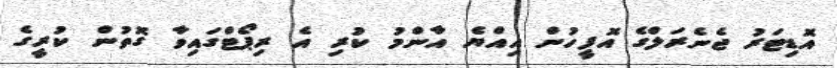
އޮޑިޓަރު ޖެނެރަލްގެ އޮފީހުން އިއްޔެ އާންމު ކުރި އެ ރިޕޯޓްގައިވާ ގޮތުން ކުރީގެ